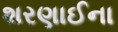
શરણાઈના